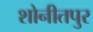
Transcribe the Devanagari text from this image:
शोनीतपुर